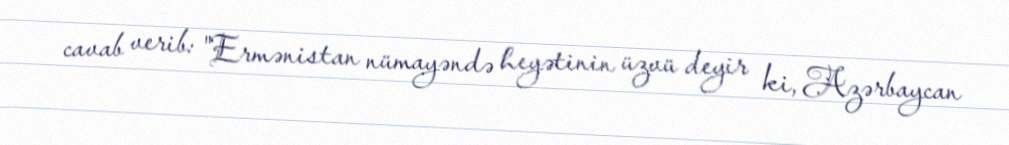
cavab verib: "Ermənistan nümayəndə heyətinin üzvü deyir ki, Azərbaycan